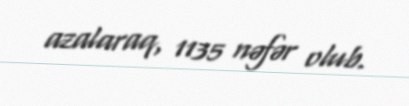
azalaraq, 1135 nəfər olub.